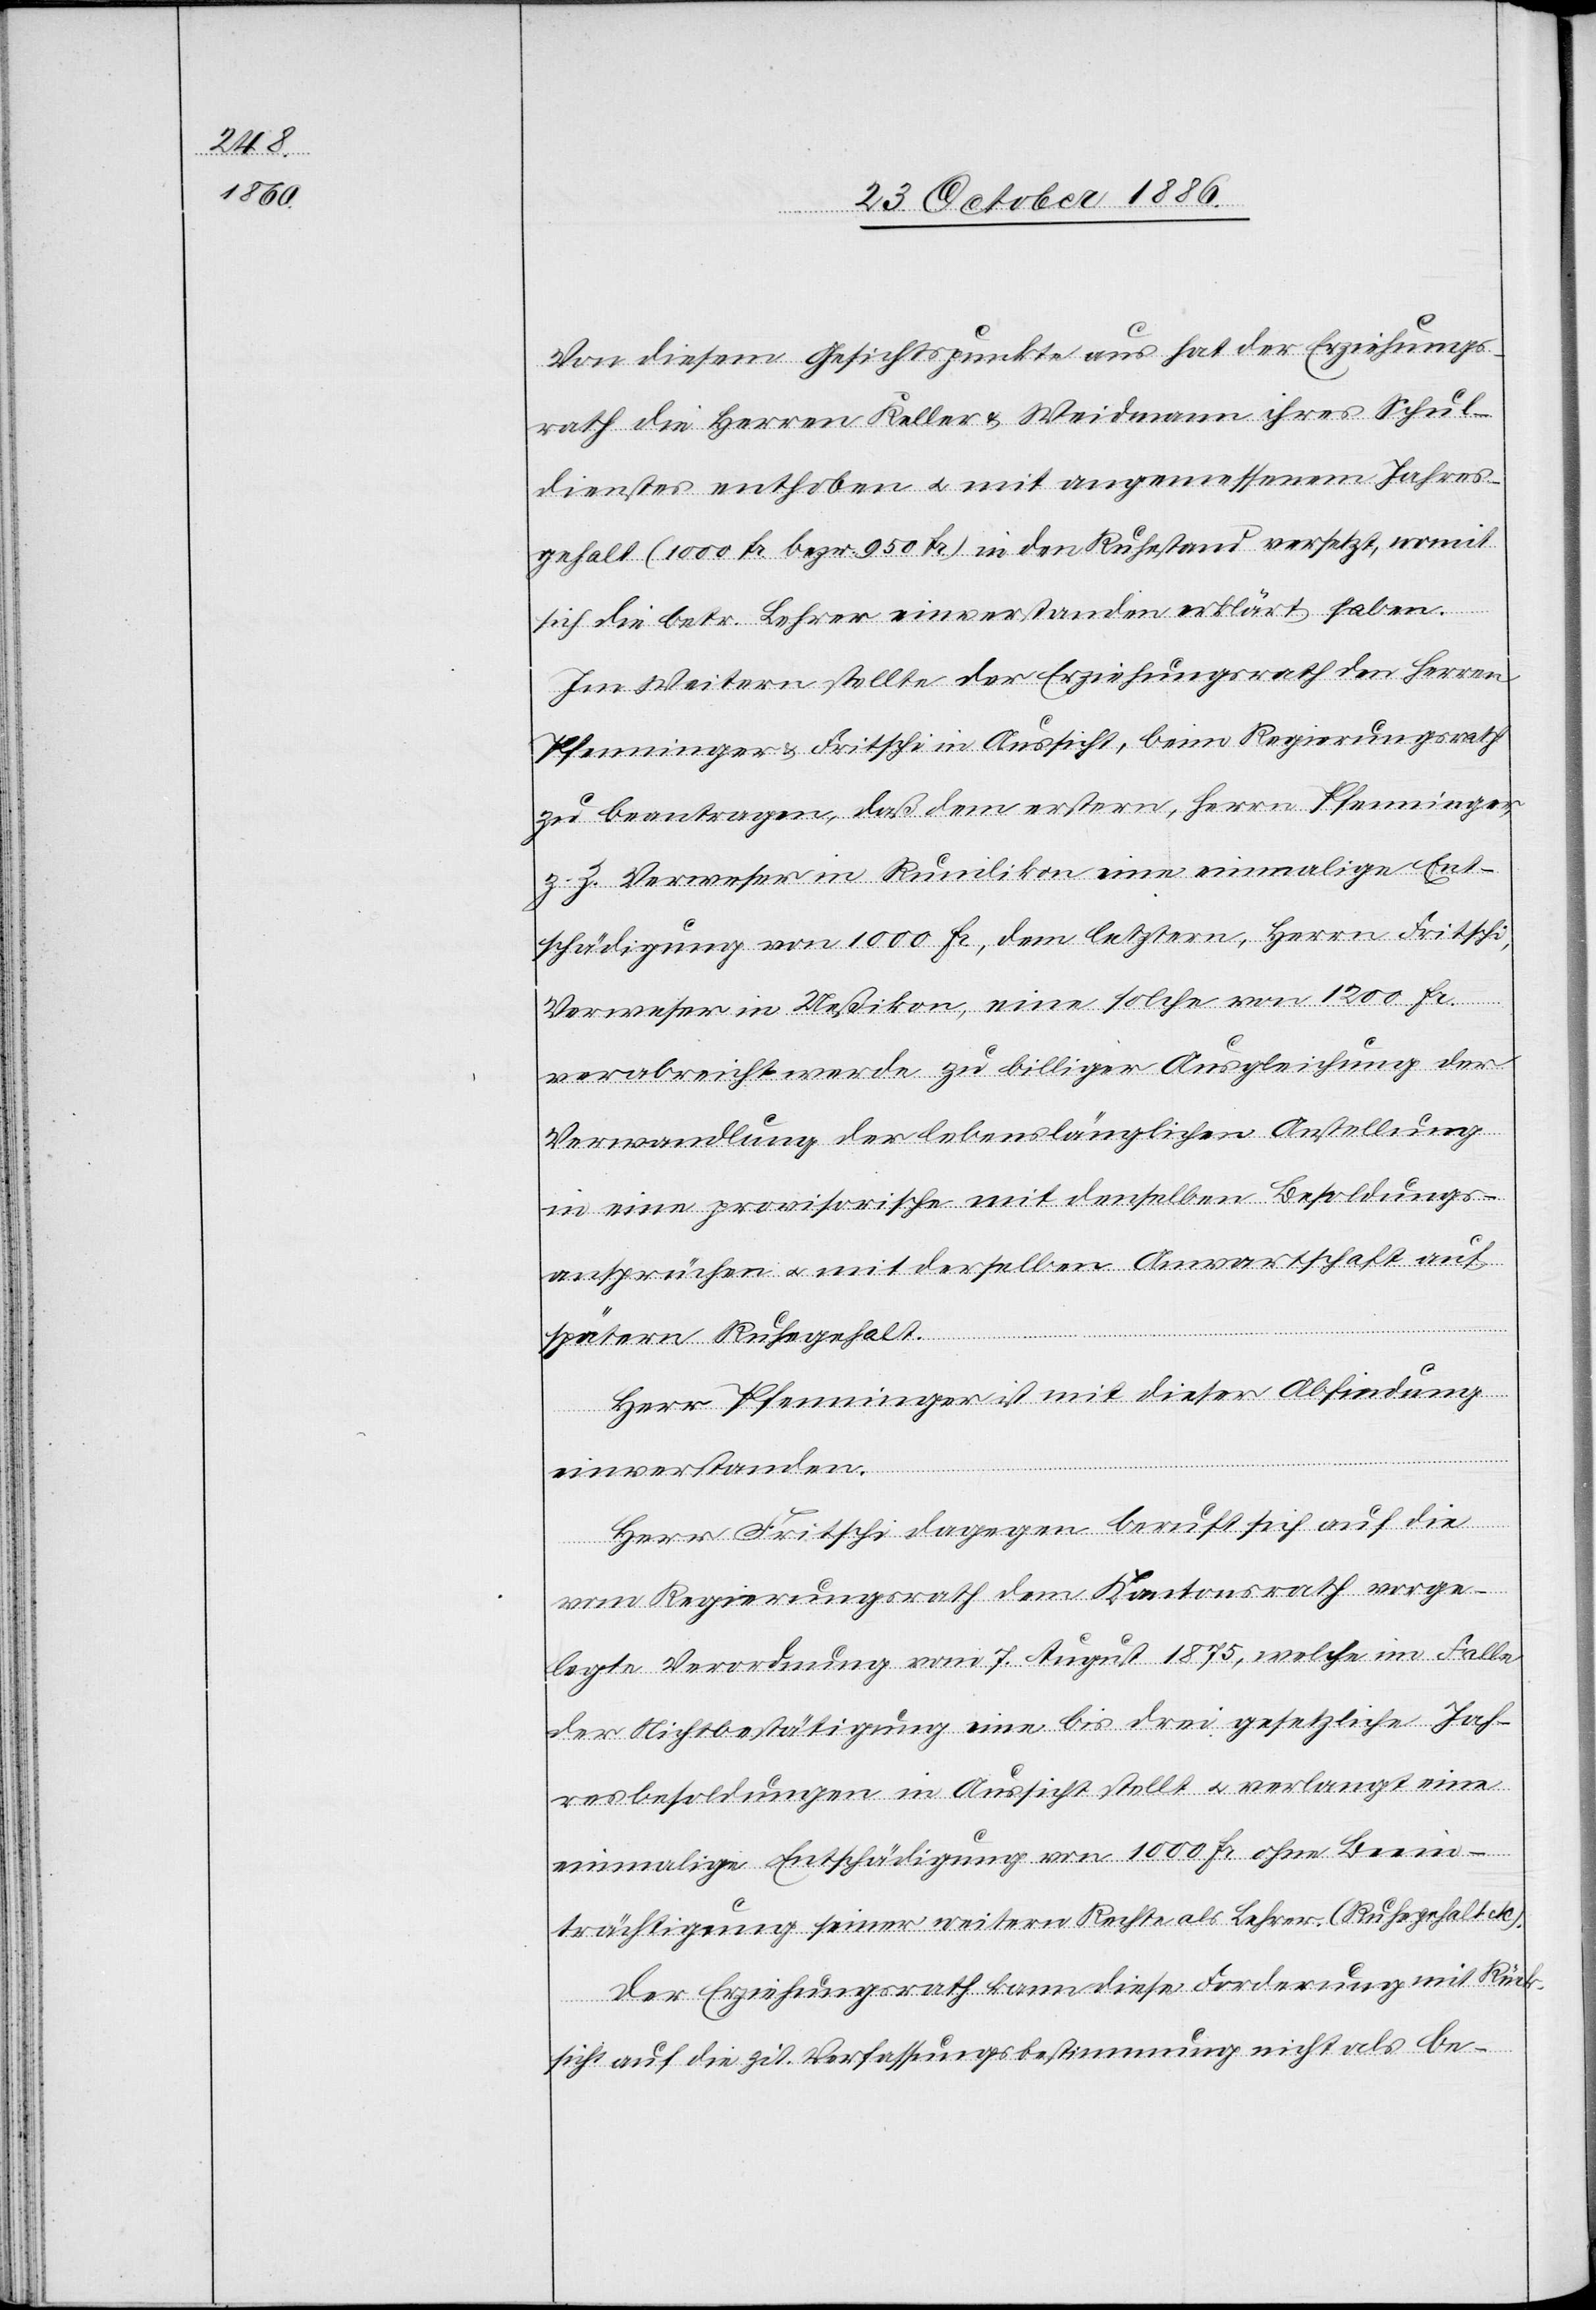
Von diesem Gesichtspunkte aus hat der Erziehungs¬
rath die Herren Keller & Weidmann ihres Schul¬
dienstes enthoben & mit angemessenem Jahres¬
gehalt (1000 Fr. bezw. 950 Fr.) in den Ruhestand versetzt, womit
sich die betr. Lehrer einverstanden erklärt haben.
Im Weitern stellte der Erziehungsrath den Herren
Pfenninger & Fritschi in Aussicht, beim Regierungsrath
zu beantragen, daß dem erstern, Herrn Pfenninger,
z. Z. Verweser in Rumlikon eine einmalige Ent¬
schädigung von 1000 Fr., dem letztern, Herrn Fritschi,
Verweser in Ueßikon, eine solche von 1200 Fr.
verabreicht werde zu billiger Ausgleichung der
Verwandlung der lebenslänglichen Anstellung
in eine provisorische mit denselben Besoldungs¬
ansprüchen & mit derselben Anwartschaft auf
spätern Ruhegehalt.
Herr Pfenninger ist mit dieser Abfindung
einverstanden.
Herr Fritschi dagegen beruft sich auf die
vom Regierungsrath dem Kantonsrath vorge¬
legte Verordnung vom 7. August 1875, welche im Falle
der Nichtbestätigung eine bis drei gesetzliche Jah¬
resbesoldungen in Aussicht stellt & verlangt eine
einmalige Entschädigung von 1000 Fr. ohne Beein¬
trächtigung seiner weitern Rechte als Lehrer. (Ruhegehalt etc).
Der Erziehungsrath kann diese Forderung mit Rück¬
sicht auf die zit. Verfassungsbestimmung nicht als be-